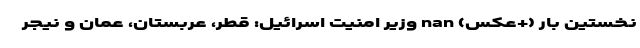
نخستین بار (+عکس) nan وزیر امنیت اسرائیل: قطر، عربستان، عمان و نیجر